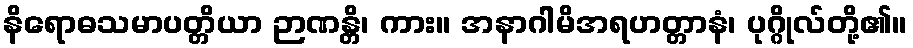
နိရောဓသမာပတ္တိယာ ဉာဏန္တိ၊ ကား။ အနာဂါမိအရဟတ္တာနံ၊ ပုဂ္ဂိုလ်တို့၏။